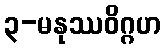
၃-မနုဿဝိဂ္ဂဟ